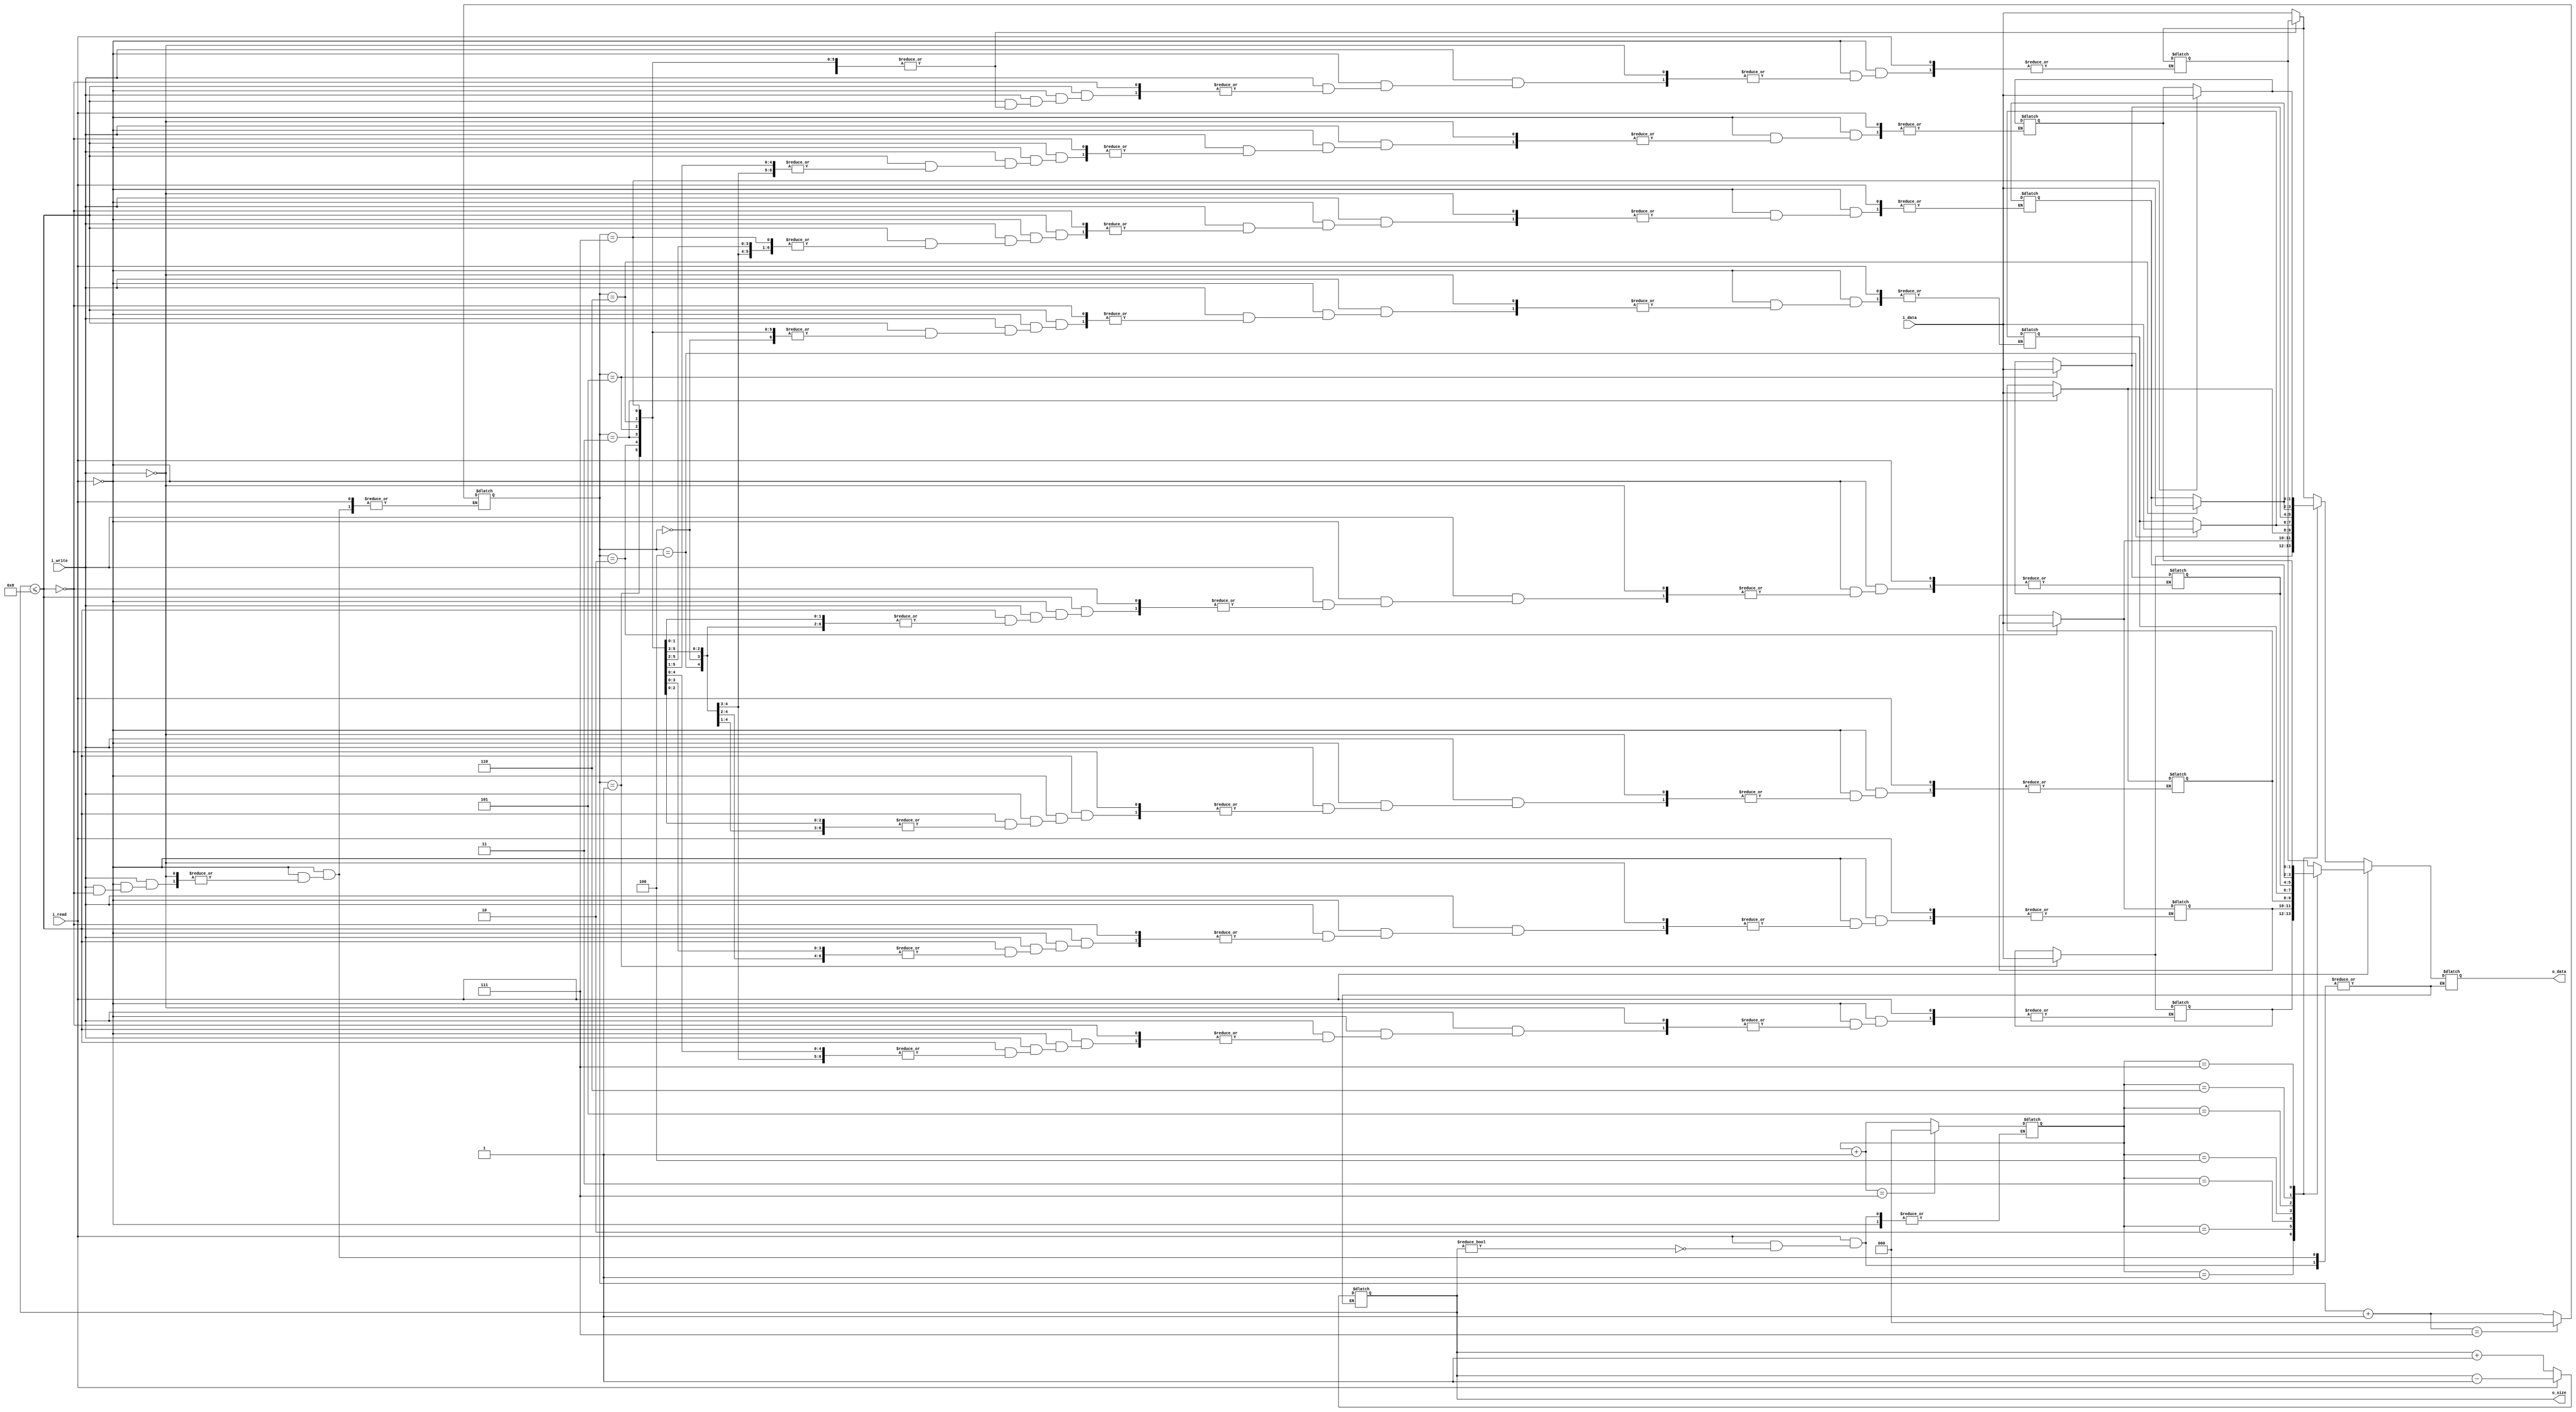
`timescale 1ns / 1ps
//////////////////////////////////////////////////////////////////////////////////
// Company: 
// Engineer: 
// 
// Design Name: 
// Module Name: CBuffer
// Project Name: 
// Target Devices: 
// Tool Versions: 
// Description: 
// 
// Dependencies: 
// 
// Revision:
// Revision 0.01 - File Created
// Additional Comments:
// 
//////////////////////////////////////////////////////////////////////////////////


module CBuffer
(
    input wire i_write,
    input wire i_read, // 10,11 read, 01 write , 00 keep 
    input wire [1:0] i_data,
    output wire [1:0] o_data,
    output wire [2:0] o_size
);

integer i;

reg [2:0] size;
reg [1:0] buff[7:0];
reg [2:0] head,tail;
reg [1:0] data;
assign o_size = size;
assign o_data = data;

initial 
begin
    size = 0;
    data = 0;
    head = 0;
    tail = 0;
    for(i = 0; i < 8; i = i + 1)
    begin
        buff[i] = 0;
    end
end

always @(i_write or i_read)
begin
    if (i_read)
    begin
            if (size != 0)
            begin
                data = buff[tail];
                size = size - 1;
                tail = tail + 1;
                if (tail == 7)
                    tail = 0;
            end
    end
    else if (i_write)
    begin
        if (size <= 8)
        begin
            size = size + 1;
            buff[head] = i_data;
            head = head + 1;
            if (head == 7)
                head = 0;
            data = buff[tail];
        end
    end
    else
    begin
          data = data;
          size = size;
    end
end

endmodule